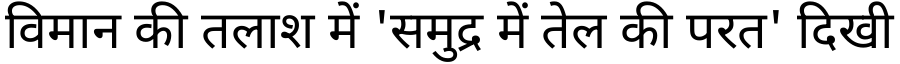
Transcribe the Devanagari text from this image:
विमान की तलाश में 'समुद्र में तेल की परत' दिखी